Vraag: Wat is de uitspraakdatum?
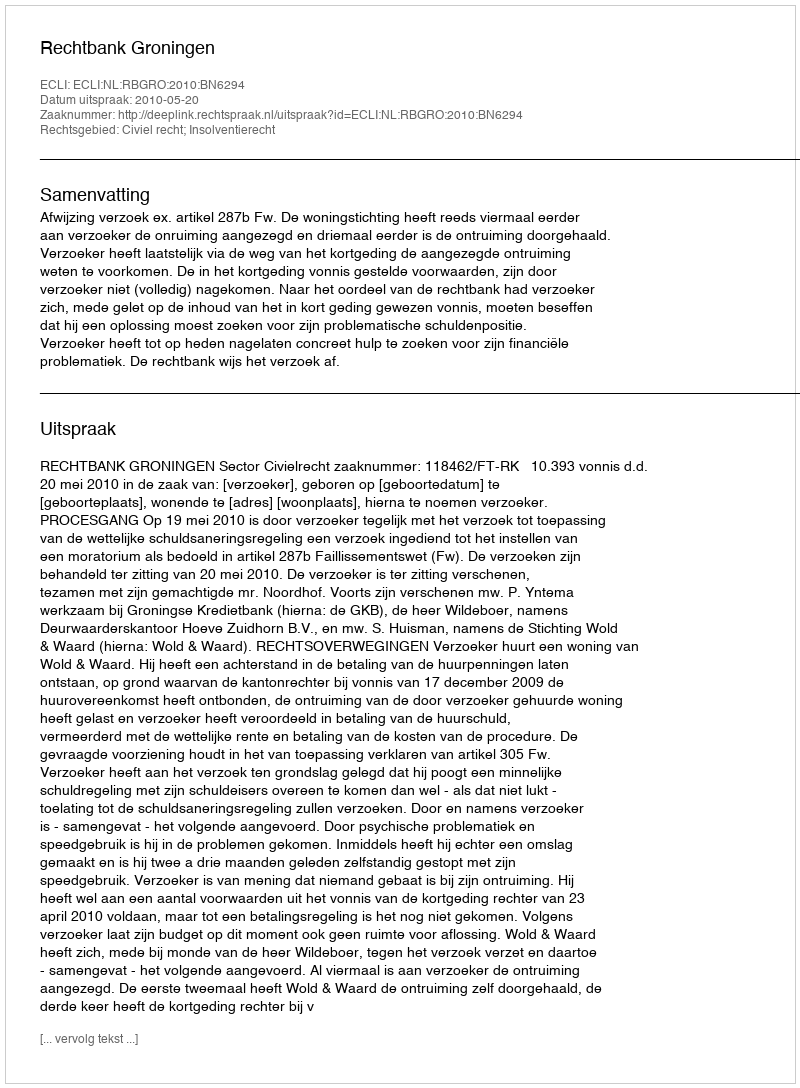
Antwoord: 2010-05-20